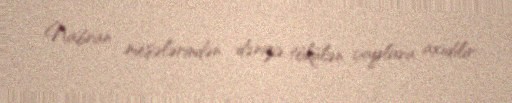
Nabran meşələrindən dənizə tökülən çaylara axıdılır.